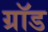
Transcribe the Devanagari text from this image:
ग्रॉड